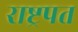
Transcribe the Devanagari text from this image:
राष्ट्रपत